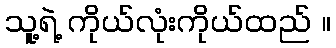
သူ့ရဲ့ ကိုယ်လုံးကိုယ်ထည် ။